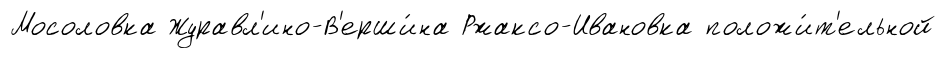
Мосоловка Журавл'ино-В'ерши́на Ржаксо-Ивановка положи́т'ельной